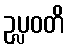
ဥပ္လဝတိ